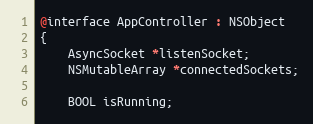
Language: C
@interface AppController : NSObject
{
	AsyncSocket *listenSocket;
	NSMutableArray *connectedSockets;

	BOOL isRunning;